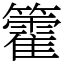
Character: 籗